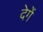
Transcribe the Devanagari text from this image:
देगेें